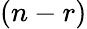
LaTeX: (n-r)